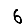
Digit: 6